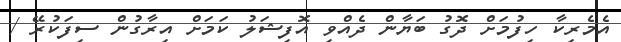
އެމެރިކާ ހިފުމަށް ދޮގު ބަޔާން ދެއްވި އޮފިޝަލު ކަމަށް އިރާގުން ސިފަކުރޭ /